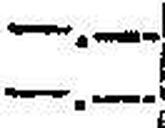
—.—